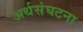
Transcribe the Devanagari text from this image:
अर्थसंघटना